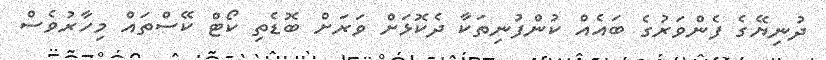
ދުނިޔޭގެ ފެންވަރުގެ ބައެއް ކުންފުނިތަކާ ދެކޮޅަށް ވަރަށް ބޮޑެތި ކޯޓް ކޭސްތައް މިހާރުވެސް